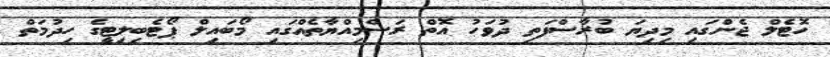
ހޮޓެލް ޖެންގައި މިދިޔަ ބުރާސްފަތި ދުވަހު އޮތް ރަސްމިއްޔާތެއްގައި މޯބައިލް ޕޯޓެބިލިޓީގެ ހިދުމަތް